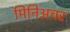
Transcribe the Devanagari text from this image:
मिनिअचर